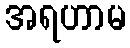
အရဟာမ